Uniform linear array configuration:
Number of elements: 8
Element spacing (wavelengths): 0.5
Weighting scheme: exponential
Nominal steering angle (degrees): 0
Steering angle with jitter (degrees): -0.2859
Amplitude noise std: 0.05
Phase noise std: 0.05

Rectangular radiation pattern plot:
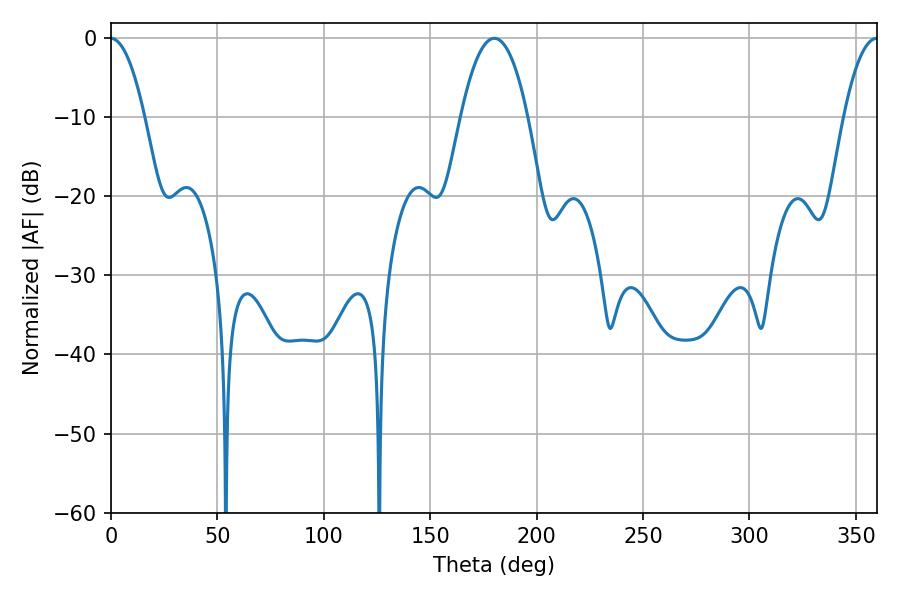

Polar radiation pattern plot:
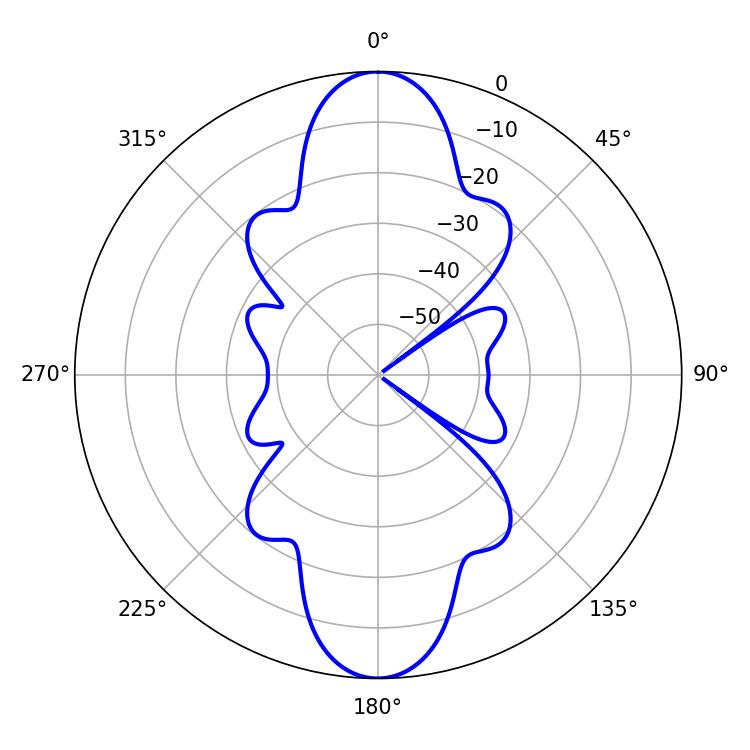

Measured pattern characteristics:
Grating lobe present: FALSE
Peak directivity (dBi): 33.823
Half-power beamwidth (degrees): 17.46
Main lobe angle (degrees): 180.18